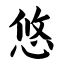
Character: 悠